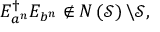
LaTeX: E _ { a ^ { n } } ^ { \dagger } E _ { b ^ { n } } \notin N \left( { \mathcal { S } } \right) \backslash { \mathcal { S } } ,